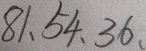
8 1 , 5 4 , 3 6